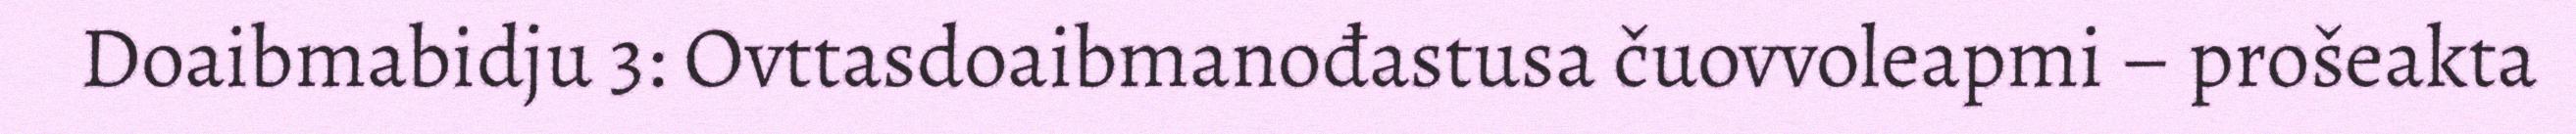
Doaibmabidju 3: Ovttasdoaibmanođastusa čuovvoleapmi – prošeakta